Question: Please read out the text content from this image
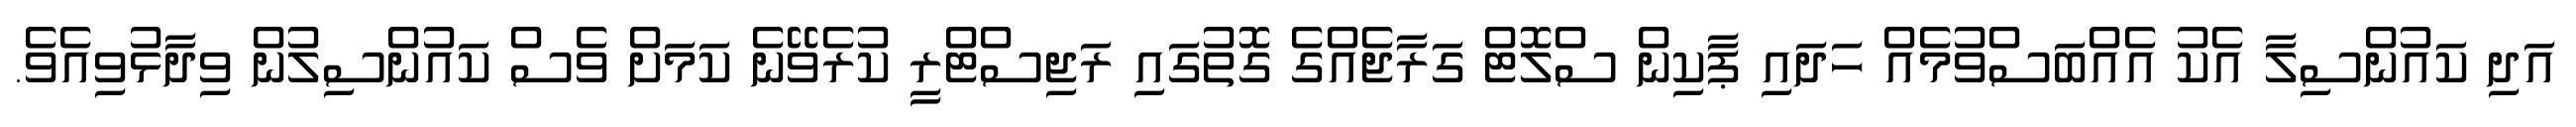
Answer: އަދި ކައުންސިލާ އެކު އެއްބަސްވުމެއް ހަދައި ޕާކިން ސްލޮޓް ގަރާޖެއްގެ ގޮތުގައި ރަޖިސްޓްރީ ކުރެވޭނެ ކަމަށް ވެސް ކައުންސިލުން ވިދާޅުވިއެވެ.